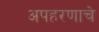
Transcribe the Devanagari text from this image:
अपहरणाचे